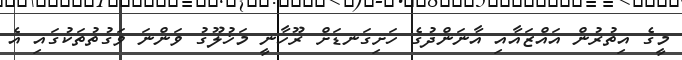
މީގެ އިތުުރުން އައްޒައާއި އާނަންދުގެ ހަށިގަނޑަށް ރޫހާނީ މަޚުލޫގު ވަންނަ ވަގުތުތަކުގައި އެ